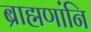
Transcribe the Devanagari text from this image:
ब्राह्मणांनि